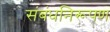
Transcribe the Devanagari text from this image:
संबंधनिरूपण